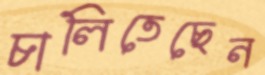
চালিতেছেন